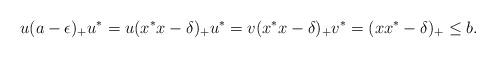
LaTeX: \begin{align*}& u(a-\epsilon)_+u^*=u(x^*x-\delta)_+u^*=v(x^*x-\delta)_+v^*=(xx^*-\delta)_+\le b.\end{align*}